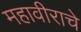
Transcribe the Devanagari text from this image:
महावीराचे